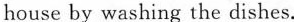
house by washing the dishes.